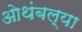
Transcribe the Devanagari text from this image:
ओथंबल्या